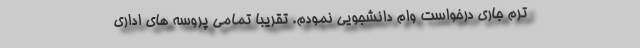
ترم جاری درخواست وام دانشجویی نمودم. تقریباً تمامی پروسه های اداری